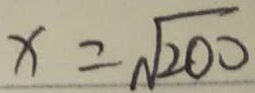
x = \sqrt { 2 0 0 }